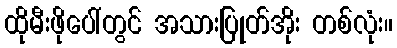
ထိုမီးဖိုပေါ်တွင် အသားပြုတ်အိုး တစ်လုံး။